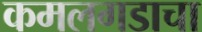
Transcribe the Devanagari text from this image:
कमलगडाचा